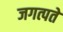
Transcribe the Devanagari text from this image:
जगत्पते